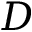
D